Annual report on the working of the Harcourt Butler Institute of Public Health, Rangoon
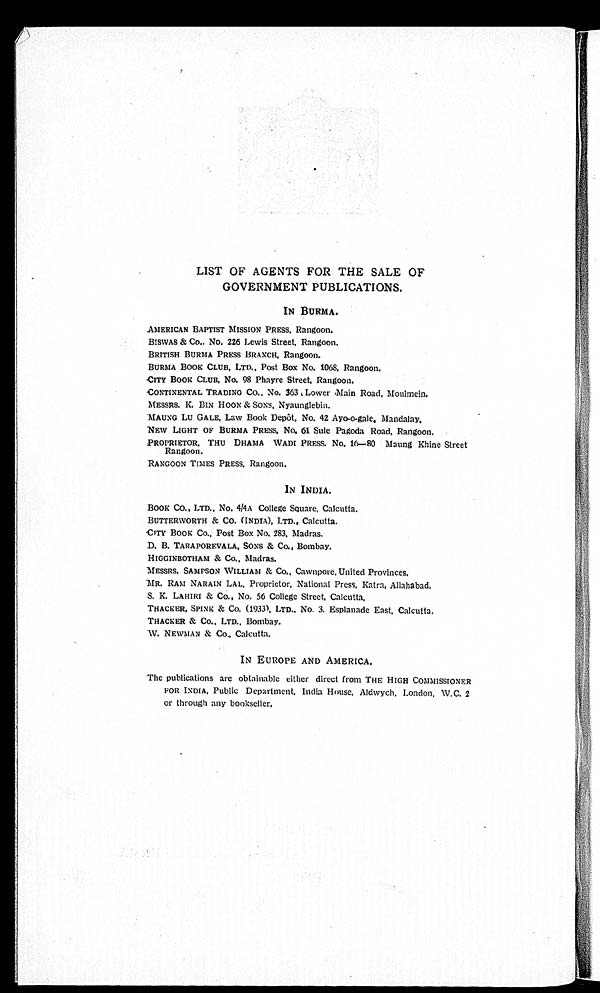
LIST OF AGENTS FOR THE SALE OF
GOVERNMENT PUBLICATIONS.
IN BURMA.
AMERICAN BAPTIST MISSION PRESS, Rangoon.
BISWAS & Co.. No. 226 Lewis Street, Rangoon.
BRITISH BURMA PRESS BRANCH, Rangoon.
BURMA BOOK CLUB, LTD.. Post Box No. 1068, Rangoon.
CITY BOOK CLUB. No. 98 Phayre Street, Rangoon.
CONTINENTAL TRADING Co., No. 363 Lower Main Road, Moulmein,
MESSRS. K. BIN HOON & SONS, Nyaunglebin.
MAUNG LU GALE, Law Book Depôt, No. 42 Ayo-o-gale, Mandalay.
NEW LIGHT OF BURMA PRESS, No. 61 Sule Pagoda Road, Rangoon.
PROPRIETOR, THU DHAMA WADI PRESS. No. 16—80 Maung Khine Street
Rangoon.
RANGOON TIMES PRESS, Rangoon.
IN INDIA.
BOOK CO., LTD., No. 4/4A College Square, Calcutta.
BUTTERWORTH & CO. (INDIA), LTD., Calcutta.
CITY BOOK Co., Post Box No. 283, Madras.
D. B. TARAPOREVALA, SONS & Co., Bombay.
HIGGINBOTHAM & CO., Madras.
MESSRS. SAMPSON WILLIAM & Co., Cawnpore, United Provinces.
MR. RAM NARAIN LAL, Proprietor, National Press, Katra, Allahabad.
S. K. LAHIRI & Co., No. 56 College Street, Calcutta,
THACKER, SPINE & Co. (1933). LTD., No. 3. Esplanade East, Calcutta.
THACKER & CO., LTD., Bombay.
W. NEWMAN & Co., Calcutta.
IN EUROPE AND AMERICA.
The publications are obtainable either direct from THE HIGH COMMISSIONER
FOR INDIA, Public Department, India House, Aldwych, London, W. C. 2
or through any bookseller.